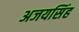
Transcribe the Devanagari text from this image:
अजयसिंह